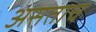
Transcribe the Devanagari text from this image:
असताच